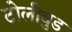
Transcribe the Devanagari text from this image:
टोलीवुड